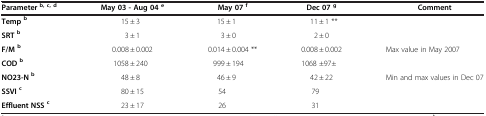
<table><thead><tr><td><b>Parameter<sup>b, c, d</sup></b></td><td><b>May 03 - Aug 04<sup>e</sup></b></td><td><b>May 07 <sup>f</sup></b></td><td><b>Dec 07<sup>g</sup></b></td><td><b>Comment</b></td></tr></thead><tbody><tr><td><b>Temp</b><sup><b>b</b></sup></td><td>15 ± 3</td><td>15 ± 1</td><td>11 ± 1 **</td><td> </td></tr><tr><td><b>SRT</b><sup><b>b</b></sup></td><td>3 ± 1</td><td>3 ± 0</td><td>2 ± 0</td><td> </td></tr><tr><td><b>F/M</b><sup><b>b</b></sup></td><td>0.008 ± 0.002</td><td>0.014 ± 0.004 **</td><td>0.008 ± 0.002</td><td>Max value in May 2007</td></tr><tr><td><b>COD</b><sup><b>b</b></sup></td><td>1058 ± 240</td><td>999 ± 194</td><td>1068 ±97±</td><td> </td></tr><tr><td><b>NO23-N</b><sup><b>b</b></sup></td><td>48 ± 8</td><td>46 ± 9</td><td>42 ± 22</td><td>Min and max values in Dec 07</td></tr><tr><td><b>SSVI</b><sup><b>c</b></sup></td><td>80 ± 15</td><td>54</td><td>79</td><td> </td></tr><tr><td><b>Effluent NSS</b><sup><b>c</b></sup></td><td>23 ± 17</td><td>26</td><td>31</td><td> </td></tr></tbody></table>